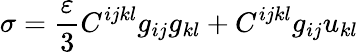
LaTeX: \sigma=\frac{\varepsilon}3C^{ijkl}g_{ij}g_{kl}+C^{ijkl}g_{ij}u_{kl}